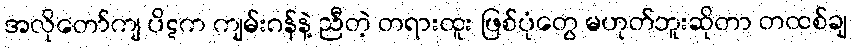
အလိုတော်ကျ ပိဋက ကျမ်းဂန်နဲ့ ညီတဲ့ တရားထူး ဖြစ်ပုံတွေ မဟုတ်ဘူးဆိုတာ တထစ်ချ